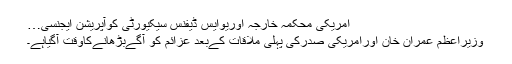
امریکی محکمہ خارجہ اوریوایس ڈیفنس سیکیورٹی کوآپریشن ایجنسی…
وزیراعظم عمران خان اورامریکی صدرکی پہلی ملاقات کےبعد عزائم کو آگےبڑھانےکاوقت آگیاہے۔